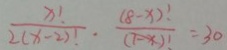
\frac { x ! } { 2 ( x - 2 ) ! } \cdot \frac { ( 8 - x ) ! } { ( 7 - x ) ! } = 3 0